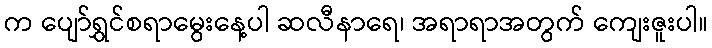
က ပျော်ရွှင်စရာမွေးနေ့ပါ ဆလီနာရေ၊ အရာရာအတွက် ကျေးဇူးပါ။